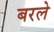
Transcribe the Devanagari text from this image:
बरले